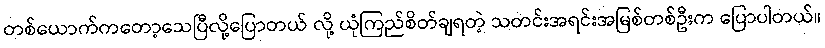
တစ်ယောက်ကတော့သေပြီလို့ပြောတယ် လို့ ယုံကြည်စိတ်ချရတဲ့ သတင်းအရင်းအမြစ်တစ်ဦးက ပြောပါတယ်။